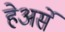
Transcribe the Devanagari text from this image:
हेअर्से